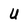
Character: U